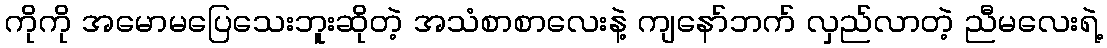
ကိုကို အမောမပြေသေးဘူးဆိုတဲ့ အသံစာစာလေးနဲ့ ကျနော်ဘက် လှည်လာတဲ့ ညီမလေးရဲ့